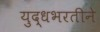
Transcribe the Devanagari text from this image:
युद्धभरतीने